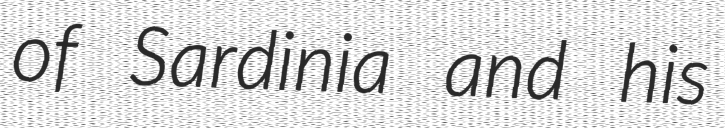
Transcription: of Sardinia and his